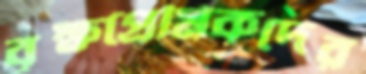
বৃক্ষপ্রেমিকদের